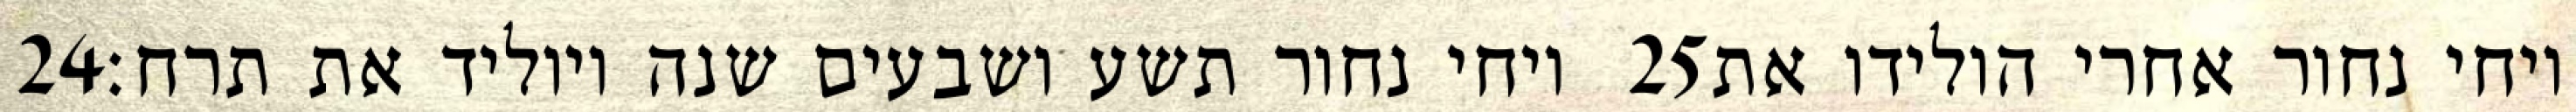
‎24‏ ויחי נחור תשע ושבעים שנה ויוליד את תרח׃ ‎25‏ ויחי נחור אחרי הולידו את